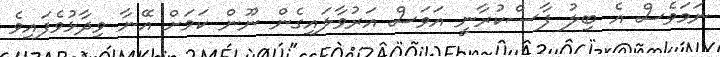
ނަމަވެސް އެ ބިލު ފާސްކުރާނީ އަވަސް އަރުވާލައިގެން ނޫން ކަމަށް އޭނާ ވިދާޅުވެފައިވެ